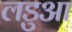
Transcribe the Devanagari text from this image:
लडुआ